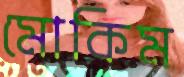
মোকিম